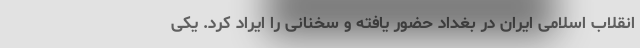
انقلاب اسلامی ایران در بغداد حضور یافته و سخنانی را ایراد کرد. یکی